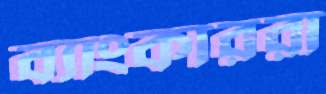
ব্যাংকাররা